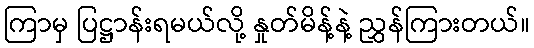
ကြာမှ ပြဋ္ဌာန်းရမယ်လို့ နှုတ်မိန့်နဲ့ ညွှန်ကြားတယ်။